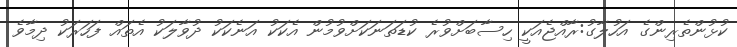
ކުޅުންތެރިންގެ އަހުލާގު:ރާއްޖެއަކީ ހިސާބަށްވުރެ ކުޑަތަނަކަށްވުމުން އެކަކު އަނެކަކު ދުވާލަކު އެތައް ފަހަރަކު ދިމާވެ